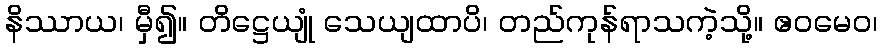
နိဿာယ၊ မှီ၍။ တိဋ္ဌေယျုံ သေယျထာပိ၊ တည်ကုန်ရာသကဲ့သို့။ ဧဝမေဝ၊